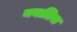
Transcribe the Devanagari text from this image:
नवालिस